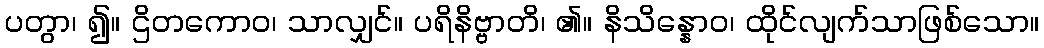
ပတွာ၊ ၍။ ဌိတကောဝ၊ သာလျှင်။ ပရိနိဗ္ဗာတိ၊ ၏။ နိသိန္နောဝ၊ ထိုင်လျက်သာဖြစ်သော။